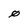
Character: 0